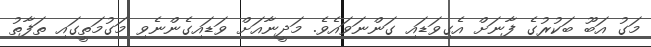
މަގު އަބޫ ބަކުރުގެ ފާނަށް އެގިވަޑައި ގަންނަވައެވެ. މަދީނާއަށް ވަޑައިގެންނެވި މަގުމަތީގައި ތަފާތު